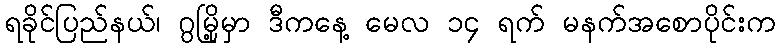
ရခိုင်ပြည်နယ်၊ ဂွမြို့မှာ ဒီကနေ့ မေလ ၁၄ ရက် မနက်အစောပိုင်းက